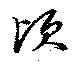
頃